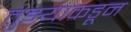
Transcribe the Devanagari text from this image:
तुझ्याकडून